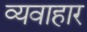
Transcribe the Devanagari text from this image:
व्यवाहार